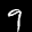
Label: 9